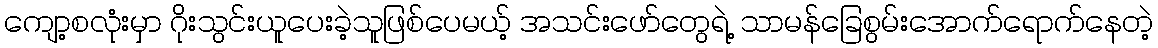
ကျော့စလုံးမှာ ဂိုးသွင်းယူပေးခဲ့သူဖြစ်ပေမယ့် အသင်းဖော်တွေရဲ့ သာမန်ခြေစွမ်းအောက်ရောက်နေတဲ့